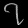
Digit: ၇